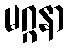
မဂ္ဂနာ